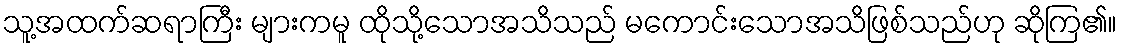
သူ့အထက်ဆရာကြီး များကမူ ထိုသို့သောအသိသည် မကောင်းသောအသိဖြစ်သည်ဟု ဆိုကြ၏။